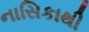
નાસિકાથી